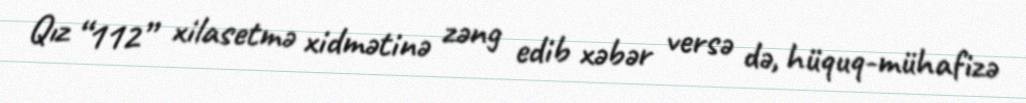
Qız “112” xilasetmə xidmətinə zəng edib xəbər versə də, hüquq-mühafizə